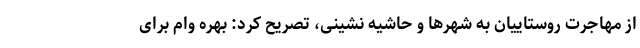
از مهاجرت روستاییان به شهرها و حاشیه نشینی، تصریح کرد: بهره وام برای